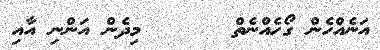
އަނެއްހެން ގޯހެއްނެތް      މިދެން އަންނި އާއި